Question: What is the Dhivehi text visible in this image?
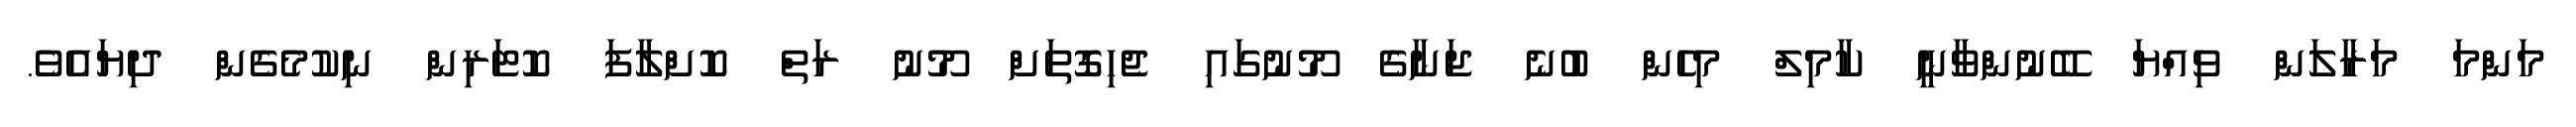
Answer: މަންމަ މަރާލަން ވިއްޔަ ބޭނުންވާނީ ކާމިލް މިހެން ބުނެ ޖަނާގެ މޫނުގައި ޖެހިގޮތަށް މޫނު ރަތް ކޮށްލާފަ ކޮޓަރިން ނިކުމެގެން ދިޔައެވެ.